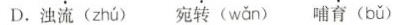
D.浊流( zhú )宛转( wǎn )哺育( bǔ )